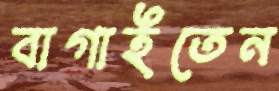
বাগাইতেন